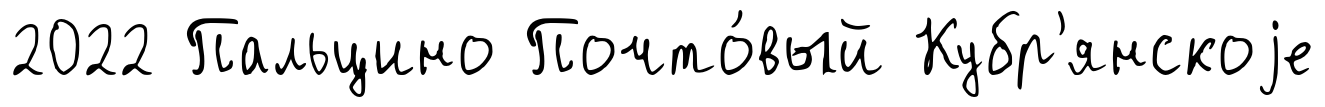
2022 Пальцино Почто́вый Кубр'янскоjе